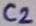
Text: C2